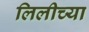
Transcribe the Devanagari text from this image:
लिलीच्या